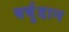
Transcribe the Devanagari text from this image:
बर्बुडान